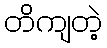
တိကျတဲ့